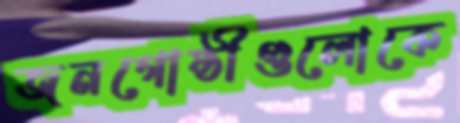
জনগোষ্ঠীগুলোকে